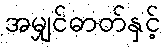
အမျှင်ဓာတ်နှင့်